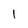
Character: l